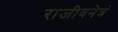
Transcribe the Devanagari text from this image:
राजीवनेत्रं